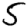
Digit: 5